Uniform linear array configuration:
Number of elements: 32
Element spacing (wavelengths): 0.75
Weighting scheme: uniform
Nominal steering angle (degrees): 60
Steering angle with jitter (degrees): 58.731
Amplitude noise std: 0.05
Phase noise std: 0.05

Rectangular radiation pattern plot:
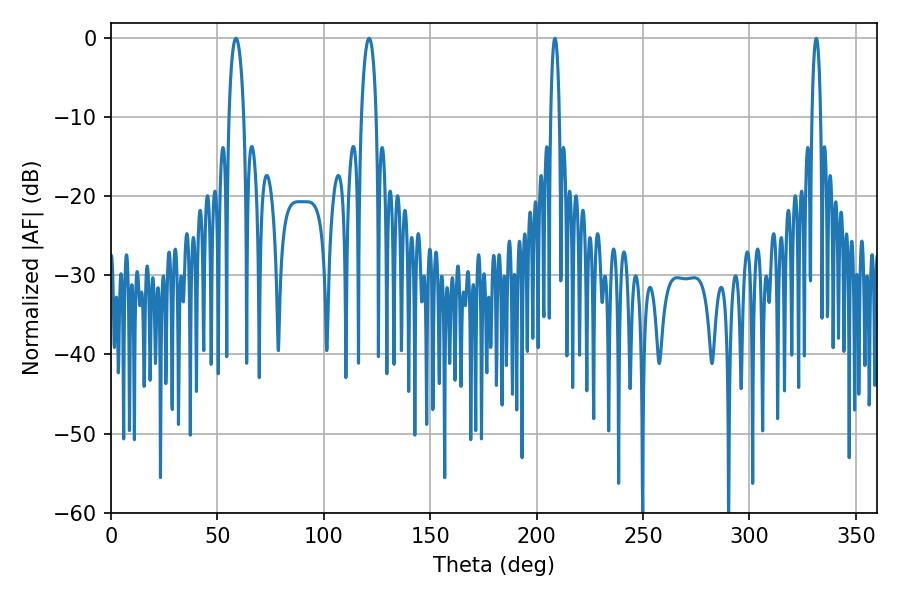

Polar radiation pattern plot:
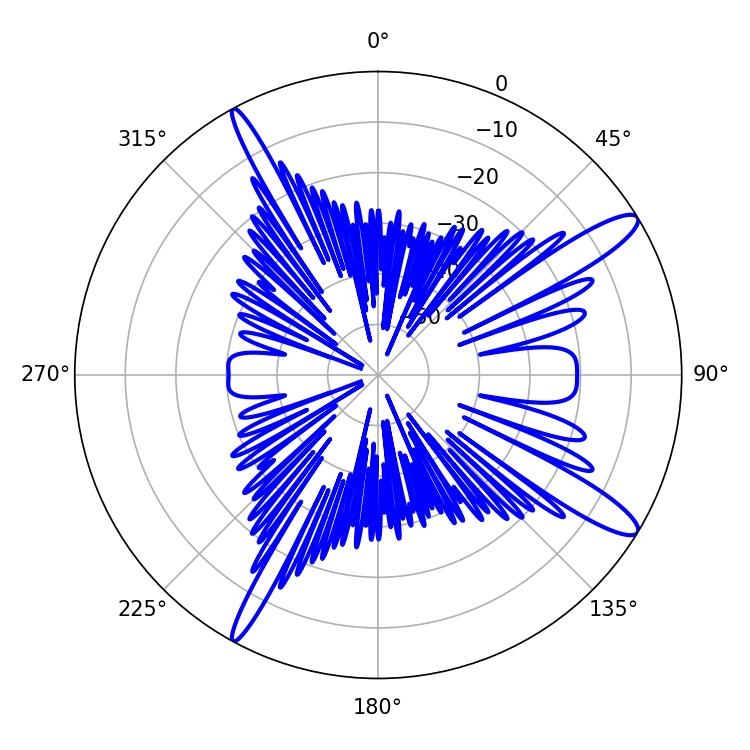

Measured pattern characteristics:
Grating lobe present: TRUE
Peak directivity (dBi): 13.345
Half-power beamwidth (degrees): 2.16
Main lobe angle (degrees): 208.62